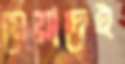
মেয়াদেই